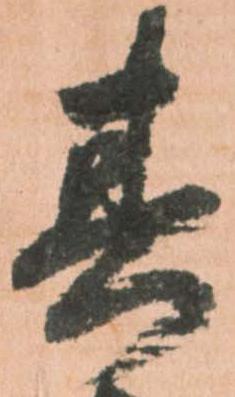
其